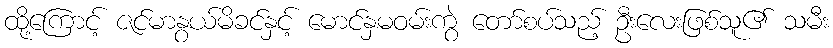
ထို့ကြောင့် ဇင်မာနွယ်မိခင်နှင့် မောင်နှမဝမ်းကွဲ တော်စပ်သည့် ဦးလေးဖြစ်သူ၏ သမီး